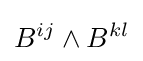
B^{ij}\wedge B^{kl}